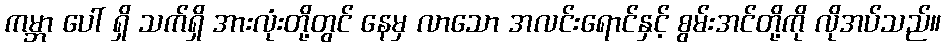
ကမ္ဘာ ပေါ် ရှိ သက်ရှိ အားလုံးတို့တွင် နေမှ လာသော အလင်းရောင်နှင့် စွမ်းအင်တို့ကို လိုအပ်သည်။